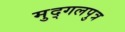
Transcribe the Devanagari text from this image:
मुद्गलपुत्र